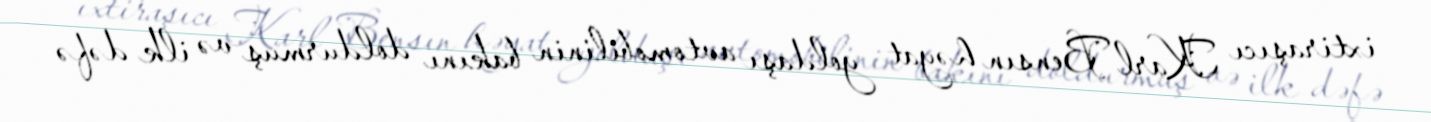
ixtiraşıcı Karl Bensın həyat yoldaşı avtomobilinin bakını doldurmuş və ilk dəfə